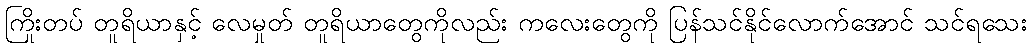
ကြိုးတပ် တူရိယာနှင့် လေမှုတ် တူရိယာတွေကိုလည်း ကလေးတွေကို ပြန်သင်နိုင်လောက်အောင် သင်ရသေး